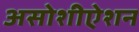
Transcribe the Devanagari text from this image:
असोशीऐशन